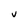
Character: V